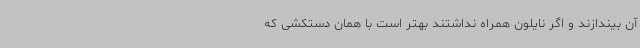
آن بیندازند و اگر نایلون همراه نداشتند بهتر است با همان دستکشی که